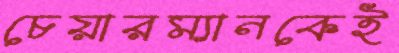
চেয়ারম্যানকেই